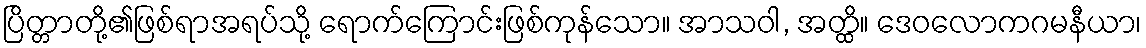
ပြိတ္တာတို့၏ဖြစ်ရာအရပ်သို့ ရောက်ကြောင်းဖြစ်ကုန်သော။ အာသဝါ, အတ္ထိ။ ဒေဝလောကဂမနီယာ၊